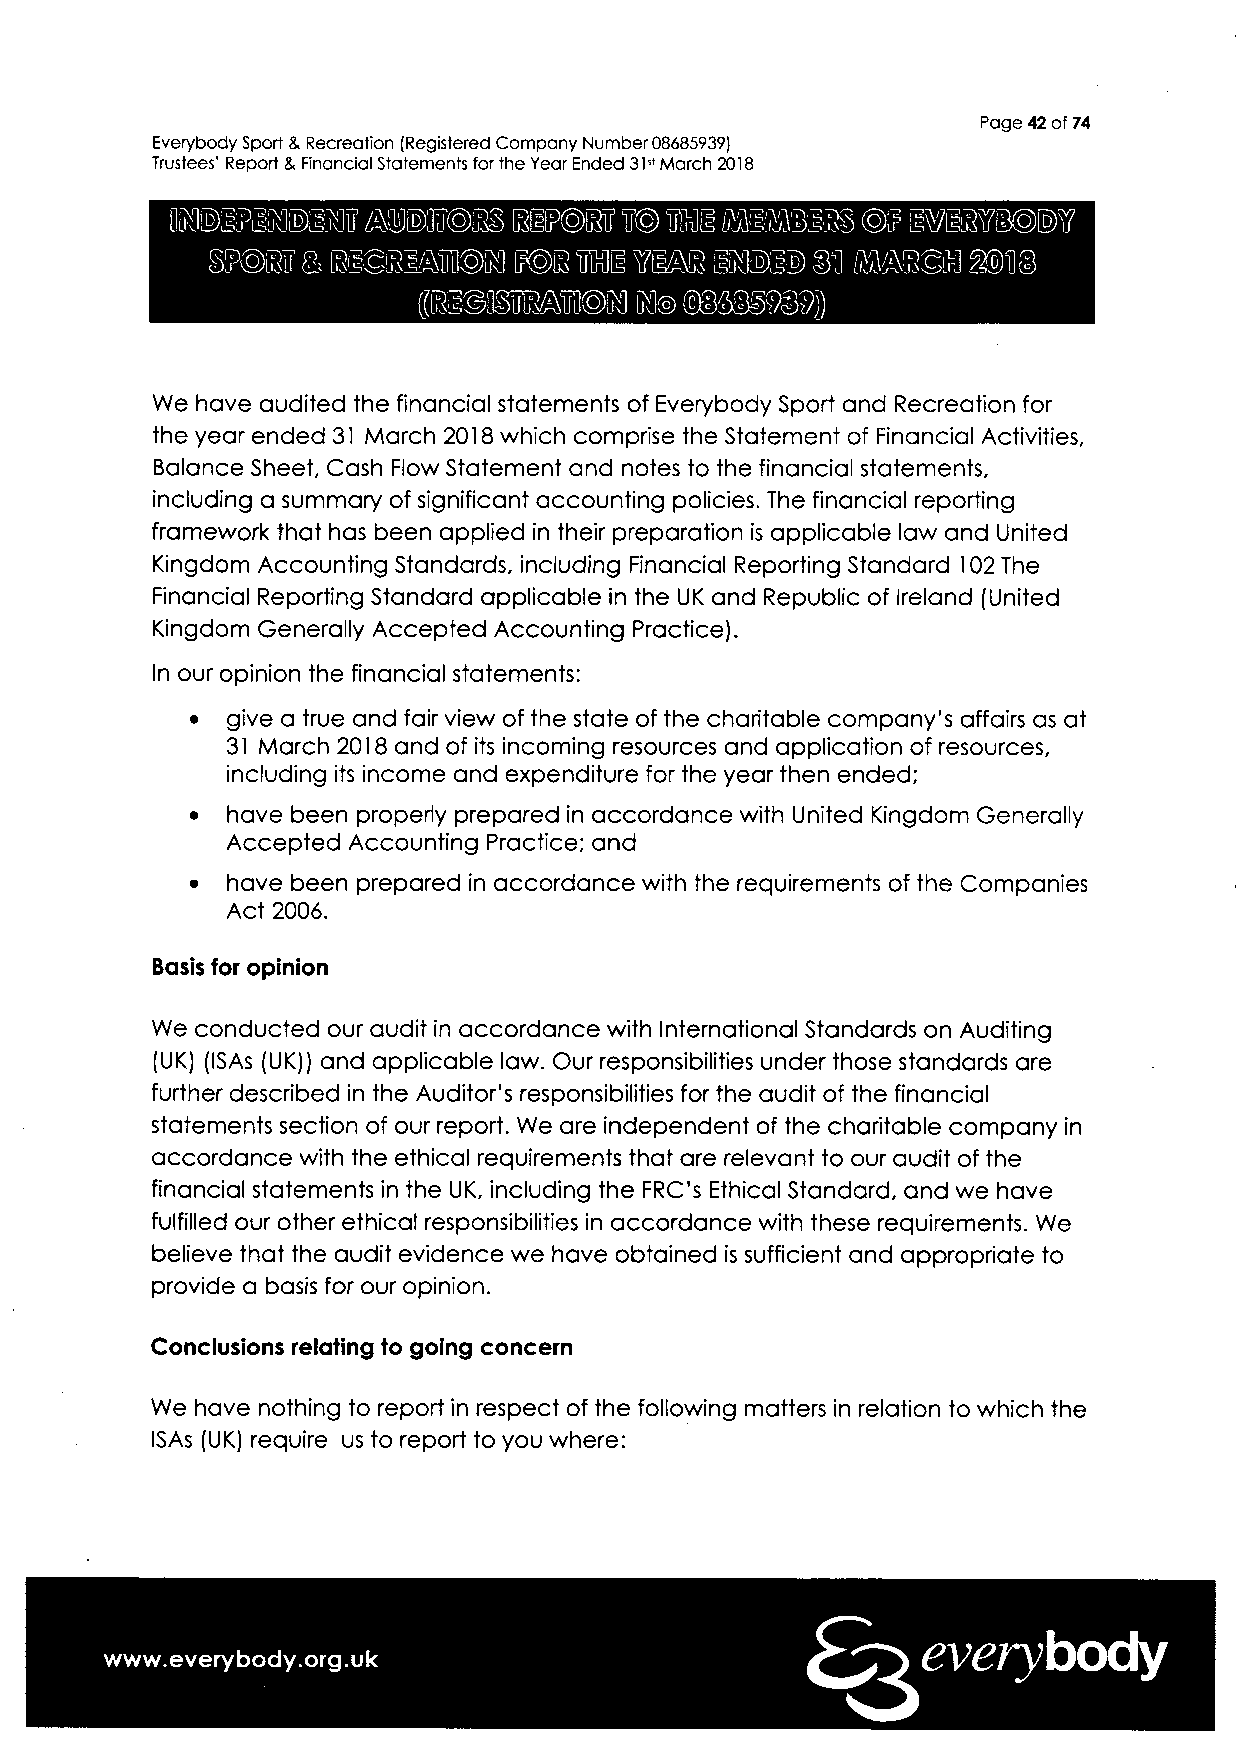
Page 42 of 74
 Everybody Sport & Recreation (Registered Company Number 08685939)
 Trustees' Report & Financial Statements for the Year Ended 31st March 2018
 We have audited the financial statements of Everybody Sport and Recreation for
 the year ended 31 March 2018 which comprise the Statement of Financial Activities,
 Balance Sheet, Cash Flow Statement and notes to the financial statements,
 including a summary of significant accounting policies. The financial reporting
 framework that has been applied in their preparation is applicable law and United
 Kingdom Accounting Standards, including Financial Reporting Standard 102 The
 Financial Reporting Standard applicable in the UK and Republic of Ireland (United
 Kingdom Generally Accepted Accounting Practice).
 In our opinion the financial statements:
 • give a true and fair view of the state of the charitable company's affairs as at
 31 March 2018 and of its incoming resources and application of resources,
 including its income and expenditure for the year then ended;
 • have been properly prepared in accordance with United Kingdom Generally
 Accepted Accounting Practice; and
 • have been prepared in accordance with the requirements of the Companies
 Act 2006.
 Basis for opinion
 We conducted our audit in accordance with International Standards on Auditing
 (UK) (ISAs (UK)) and applicable law. Our responsibilities under those standards are
 further described in the Auditor's responsibilities for the audit of the financial
 statements section of our report. We are independent of the charitable company in
 accordance with the ethical requirements that are relevant to our audit of the
 financial statements in the UK, including the FRC's Ethical Standard, and we have
 fulfilled our other ethical responsibilities in accordance with these requirements. We
 believe that the audit evidence we have obtained is sufficient and appropriate to
 provide a basis for our opinion.
 Conclusions relating to going concern
 We have nothing to report in respect of the following matters in relation to which the
 ISAs (UK) require us to report to you where:
 everybody
 www.everybody.org.uk